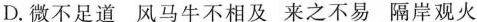
D.微不足道 风马牛不相及 来之不易 隔岸观火